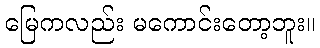
မြေကလည်း မကောင်းတော့ဘူး။